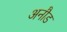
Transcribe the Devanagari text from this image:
अनौड